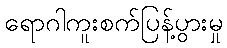
ရောဂါကူးစက်ပြန့်ပွားမှု